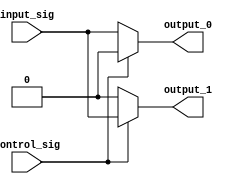
module demux_1to2 (
    input input_sig,
    input control_sig,
    output reg output_0,
    output reg output_1
);

always @(*)
begin
    if (control_sig == 0)
    begin
        output_0 = input_sig;
        output_1 = 1'b0;
    end
    else
    begin
        output_0 = 1'b0;
        output_1 = input_sig;
    end
end

endmodule